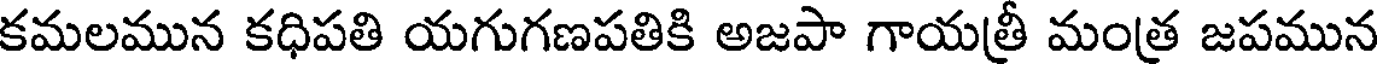
కమలమున కధిపతి యగుగణపతికి అజపా గాయత్రీ మంత్ర జపమున